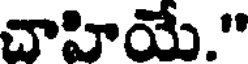
చాహియే."